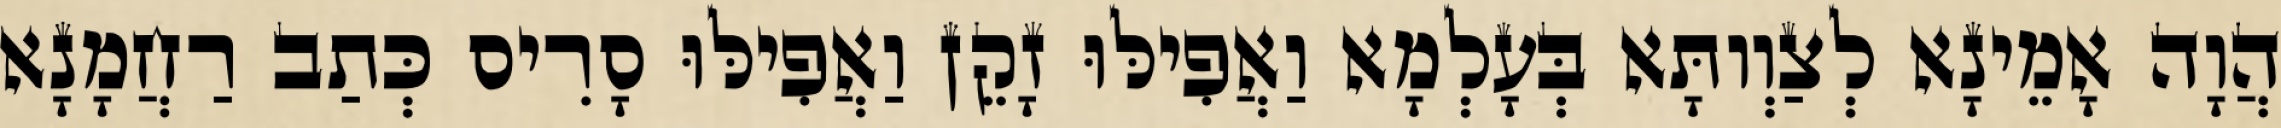
הֲוָה אָמֵינָא לְצַוְותָּא בְּעָלְמָא וַאֲפִילּוּ זָקֵן וַאֲפִילּוּ סָרִיס כְּתַב רַחֲמָנָא